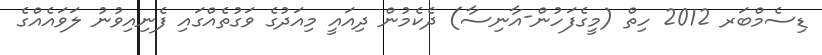
ޑިސެމްބަރ 2012 ހިތް (މީގެފަހުން-އާނިސާ) ދެކެމުން ދިއައީ މިއަދުގެ ވަގުތެއްގައި ފެނިއިވުނު ލަވައެއްގެ